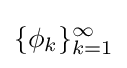
\{\phi _{k}\}_{k=1}^{\infty }